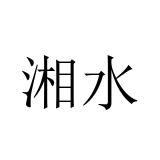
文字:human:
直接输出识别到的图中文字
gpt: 湘水